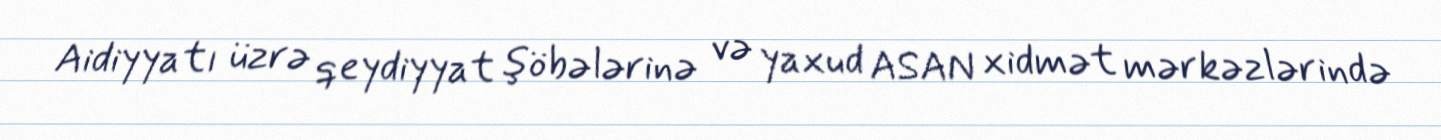
Aidiyyatı üzrə qeydiyyat şöbələrinə və yaxud ASAN xidmət mərkəzlərində